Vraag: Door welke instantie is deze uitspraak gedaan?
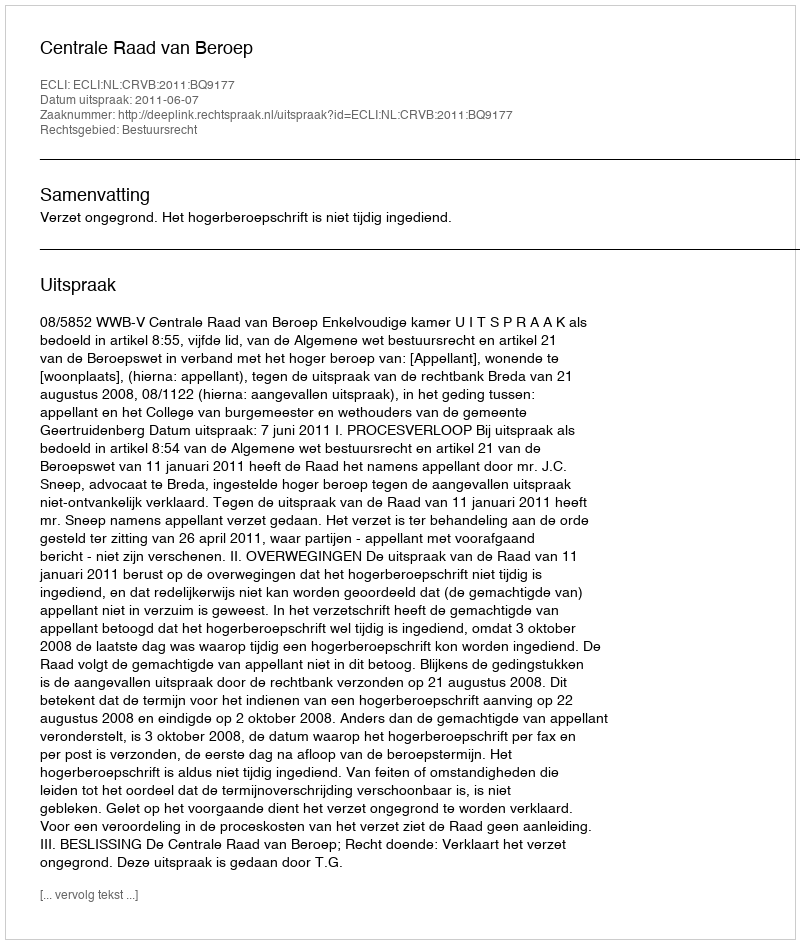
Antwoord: Centrale Raad van Beroep